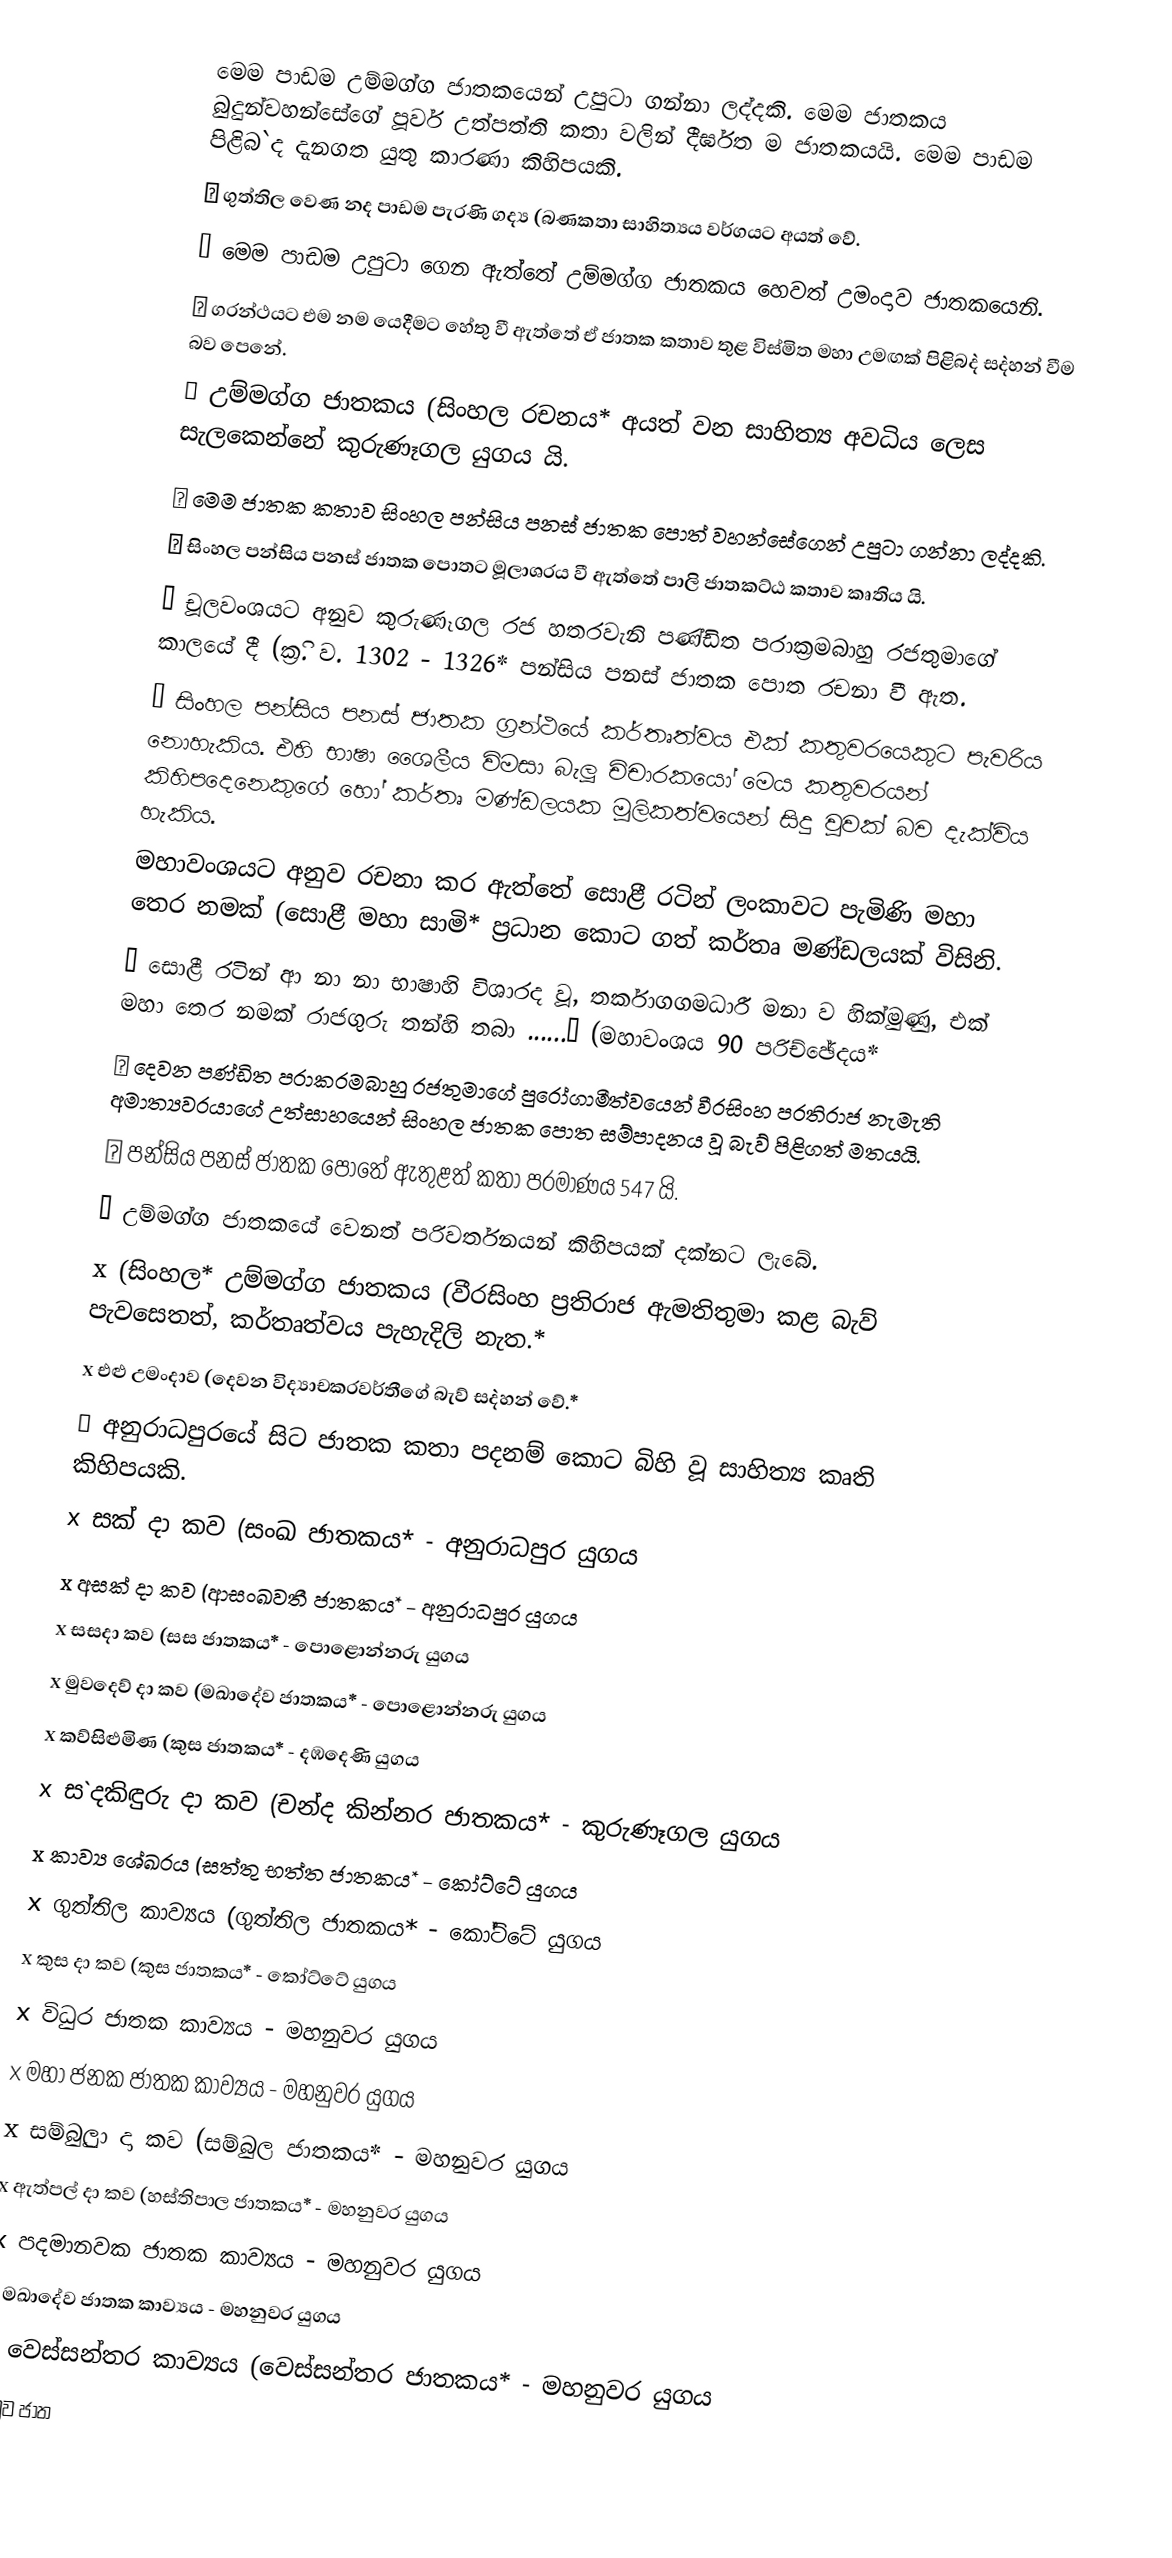
මෙම පාඩම උම්මග්ග ජාතකයෙන් උපුටා ගන්නා ලද්දකි. මෙම ජාතකය බුදුන්වහන්සේගේ පූර්ව උත්පත්ති කතා වලින් දීර්ඝත ම ජාතකයයි. මෙම පාඩම පිළිබ`ද දැනගත යුතු කාරණා කිහිපයකි.
	ගුත්තිල වෙණ නද පාඩම පැරණි ගද්‍ය (බණකතා සාහිත්‍යය වර්ගයට අයත් වේ.
	මෙම පාඩම උපුටා ගෙන ඇත්තේ උම්මග්ග ජාතකය හෙවත් උමංදාව ජාතකයෙනි.
	ග‍්‍රන්ථයට එම නම යෙදීමට හේතු වී ඇත්තේ ඒ ජාතක කතාව තුළ විස්මිත මහා උමඟක් පිළිබ`ද ස`දහන් වීම බව පෙනේ.
	උම්මග්ග ජාතකය (සිංහල රචනය* අයත් වන සාහිත්‍ය අවධිය ලෙස සැලකෙන්නේ කුරුණෑගල යුගය යි.
	මෙම ජාතක කතාව සිංහල පන්සිය පනස් ජාතක පොත් වහන්සේගෙන් උපුටා ගන්නා ලද්දකි.
	සිංහල පන්සිය පනස් ජාතක පොතට මූලාශ‍්‍රය වී ඇත්තේ පාලි ජාතකට්ඨ කතාව කෘතිය යි.
	චූලවංශයට අනුව කුරුණෑගල රජ හතරවැනි පණ්ඩිත පරාක‍්‍රමබාහු රජතුමාගේ කාලයේ දී (ක‍්‍රි. ව. 1302 - 1326* පන්සිය පනස් ජාතක පොත රචනා වී ඇත.
	සිංහල පන්සිය පනස් ජාතක ග‍්‍රන්ථයේ කර්තෘත්වය එක් කතුවරයෙකුට පැවරිය නොහැකිය. එහි භාෂා ශෛලීය විමසා බැලූ චිචාරකයෝ මෙය කතුවරයන් කිහිපදෙනෙකුගේ හෝ කර්තෘ මණ්ඩලයක මූලිකත්වයෙන් සිදු වූවක් බව දැක්විය හැකිය.
මහාවංශයට අනුව රචනා කර ඇත්තේ සොළී රටින් ලංකාවට පැමිණි මහා තෙර නමක් (සොළී මහා සාමි* ප‍්‍රධාන කොට ගත් කර්තෘ මණ්ඩලයක් විසිනි.
” සොළී රටින් ආ නා නා භාෂාහි විශාරද වූ, තර්කාගගමධාරී මනා ව හික්මුණු, එක් මහා තෙර නමක්  රාජගුරු තන්හි තබා ......” (මහාවංශය 90 පරිච්ඡේදය*
	දෙවන පණ්ඩිත පරාක‍්‍රමබාහු රජතුමාගේ පුරෝගාමීත්වයෙන් වීරසිංහ ප‍්‍රතිරාජ නැමැති අමාත්‍යවරයාගේ උත්සාහයෙන් සිංහල ජාතක පොත සම්පාදනය වූ බැව් පිළිගත් මතයයි.
	පන්සිය පනස් ජාතක පොතේ ඇතුළත් කතා ප‍්‍රමාණය 547 යි.
	උම්මග්ග ජාතකයේ වෙනත් පරිවර්තනයන් කිහිපයක් දක්නට ලැබේ.
x	(සිංහල* උම්මග්ග ජාතකය (වීරසිංහ ප‍්‍රතිරාජ ඇමතිතුමා කළ බැව් පැවසෙතත්, කර්තෘත්වය පැහැදිලි නැත.*
x	එළු උමංදාව (දෙවන විද්‍යාචක‍්‍රවර්තීගේ බැව් ස`දහන් වේ.*
	අනුරාධපුරයේ සිට ජාතක කතා පදනම් කොට බිහි වූ සාහිත්‍ය කෘති කිහිපයකි.
x	සක් දා කව (සංඛ ජාතකය* - අනුරාධපුර යුගය
x	අසක් දා කව (ආසංඛවතී ජාතකය* - අනුරාධපුර යුගය
x	සසදා කව (සස ජාතකය* - පොළොන්නරු යුගය
x	මුවදෙව් දා කව (මඛාදේව ජාතකය* - පොළොන්නරු යුගය
x	කව්සිළුමිණ (කුස ජාතකය* - දඹදෙණි යුගය
x	ස`දකිඳුරු දා කව (චන්ද කින්නර ජාතකය* - කුරුණෑගල යුගය
x	කාව්‍ය ශේඛරය (සත්තු භත්ත ජාතකය* - කෝට්ටේ යුගය
x	ගුත්තිල කාව්‍යය (ගුත්තිල ජාතකය* - කෝට්ටේ යුගය
x	කුස දා කව (කුස ජාතකය* - කෝට්ටේ යුගය
x	විධුර ජාතක කාව්‍යය - මහනුවර යුගය
x	මහා ජනක ජාතක කාව්‍යය - මහනුවර යුගය
x	සම්බුුලා දා කව (සම්බුල ජාතකය* - මහනුවර යුගය
x	ඇත්පල් දා කව (හස්තිපාල ජාතකය* - මහනුවර යුගය
x	පදමානවක ජාතක කාව්‍යය - මහනුවර යුගය
x	මඛාදේව ජාතක කාව්‍යය - මහනුවර යුගය
x	වෙස්සන්තර කාව්‍යය (වෙස්සන්තර ජාතකය* - මහනුවර යුගය
x	මුව ජාත